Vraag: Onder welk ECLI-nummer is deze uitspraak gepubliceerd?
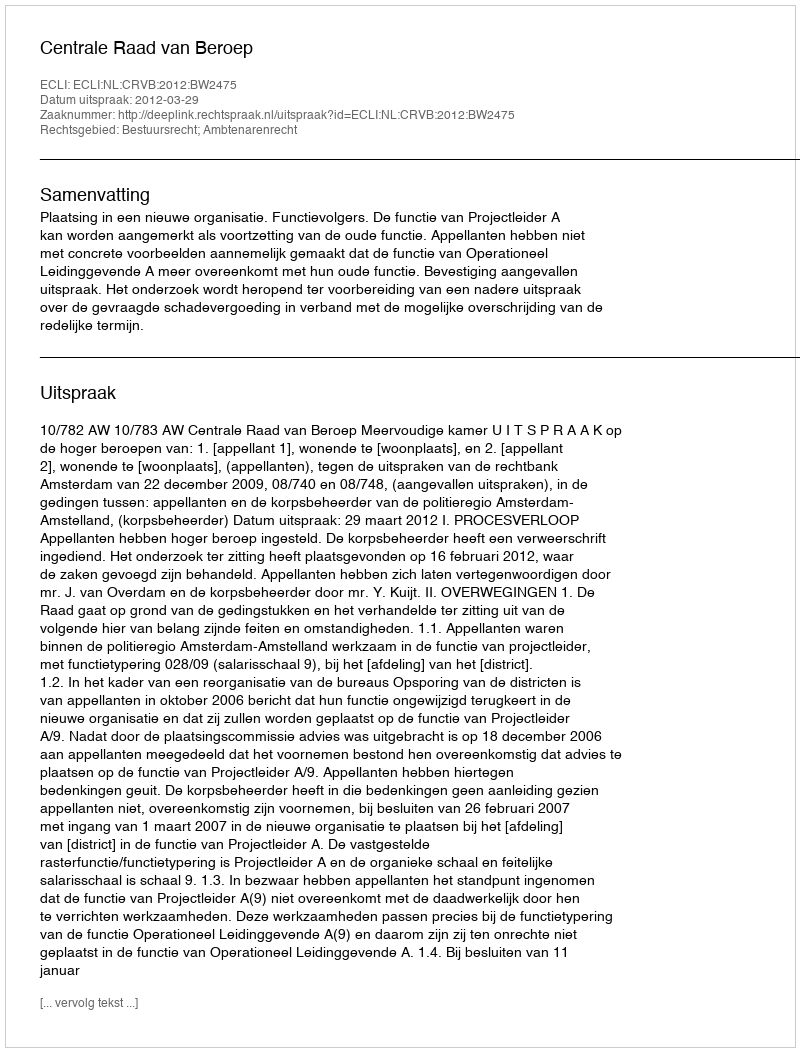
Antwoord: ECLI:NL:CRVB:2012:BW2475